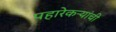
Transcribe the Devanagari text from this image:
पहारेकऱ्यांची